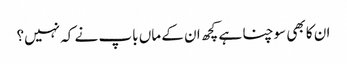
ان کا بھی سوچنا ہے کچھ ان کے ماں باپ نے کہ نہیں؟